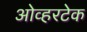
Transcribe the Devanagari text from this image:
ओव्हरटेक